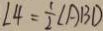
\angle 4 = \frac { 1 } { 2 } \angle A B D